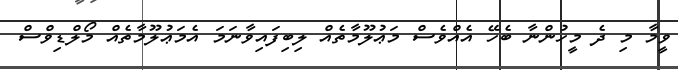
ވީމާ މި ދެ މީހުންނާ ބެހޭ އެއްވެސް މަޢުލޫމާތެއް ލިބިފައިވާނަމަ އެމަޢުލޫމާތެއް މޯލްޑިވްސް